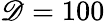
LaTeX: \mathscr{D}=100